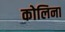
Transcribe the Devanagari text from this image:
कोलिना